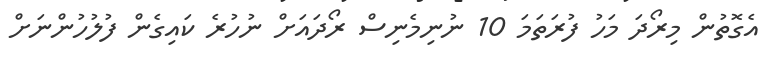
އެގޮތުން މިރޯދަ މަހު ފުރަތަމަ 10 ނުނިމެނިސް ރޯދައަށް ނުހުރެ ކައިގެން ފުލުހުންނަށް